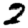
Digit: 2